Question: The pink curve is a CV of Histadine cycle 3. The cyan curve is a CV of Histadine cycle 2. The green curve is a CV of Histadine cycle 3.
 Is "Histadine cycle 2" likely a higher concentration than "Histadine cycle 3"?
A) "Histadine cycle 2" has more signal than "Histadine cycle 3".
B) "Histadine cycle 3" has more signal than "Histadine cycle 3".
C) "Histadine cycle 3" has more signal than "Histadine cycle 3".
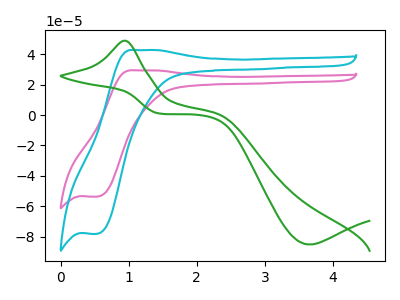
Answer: <think>The pink curve "Histadine cycle 3" has an anodic peak at (1.10V, 29.30uA) and a cathodic peak at (0.55V, -53.65uA). The cyan curve "Histadine cycle 2" has an anodic peak at (1.10V, 42.65uA) and a cathodic peak at (0.55V, -78.05uA). The green curve "Histadine cycle 3" has an anodic peak at (0.95V, 48.80uA) and a cathodic peak at (3.65V, -85.05uA).
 All the peaks in "Histadine cycle 2" have a peak in "Histadine cycle 3" at the same potential. Every peak in "Histadine cycle 2" is higher than every peak in "Histadine cycle 3".</think>
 <answer>A) "Histadine cycle 2" has more signal than "Histadine cycle 3".</answer>
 <eval>A</eval>